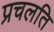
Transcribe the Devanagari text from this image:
प्रचलति